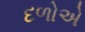
દળોએ